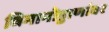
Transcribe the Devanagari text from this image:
विमानोड्डाणांवर